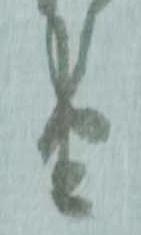
由